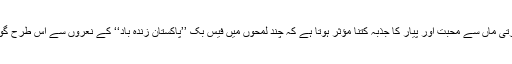
تھوڑی دیر کے لیے خوشی سے پھولے نہیں سمایا کہ چلو ایک ٹرینڈ ہی سہی، مگر دھرتی ماں سے محبت اور پیار کا جذبہ کتنا مؤثر ہوتا ہے کہ چند لمحوں میں فیس بک ’’پاکستان زندہ باد‘‘ کے نعروں سے اس طرح گونج اٹھا ہے کہ شاید ’’مارک زکر برگ‘‘ صاحب کو بھی کان میں انگلیاں ٹھونسنی پڑیں۔